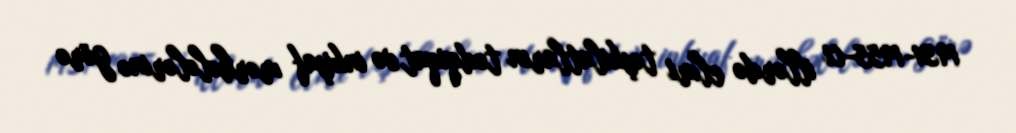
1931-1955-ci illərdə elmi təşkilatların tədqiqat və inkişaf mərhələlərinə görə